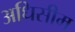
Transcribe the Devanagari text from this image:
अधिसीम